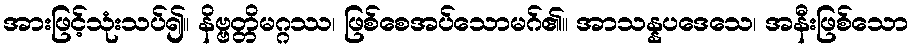
အားဖြင့်သုံးသပ်၍။ နိဗ္ဗတ္တိမဂ္ဂဿ၊ ဖြစ်စေအပ်သောမဂ်၏။ အာသန္နပဒေသေ၊ အနီးဖြစ်သော